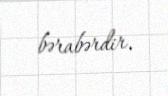
bərabərdir.